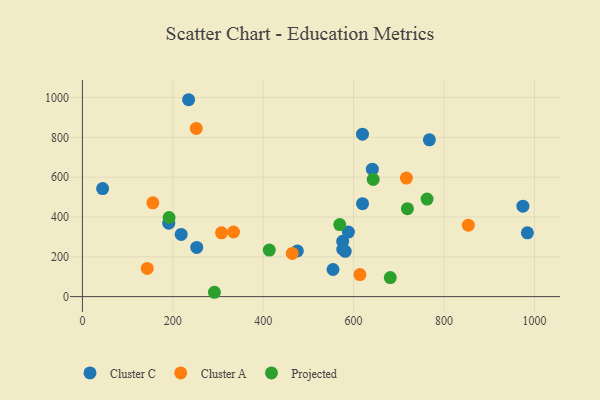
{"axis": {"x": "Price", "y": "Rating"}, "legend": ["Cluster A", "Cluster C", "Projected"], "data": [{"x": "252.9", "y": 247.2, "type": "Cluster C"}, {"x": "554.4", "y": 136.1, "type": "Cluster C"}, {"x": "581.4", "y": 227.7, "type": "Cluster C"}, {"x": "641.4", "y": 640.1, "type": "Cluster C"}, {"x": "767.6", "y": 787.4, "type": "Cluster C"}, {"x": "619.7", "y": 466.9, "type": "Cluster C"}, {"x": "234.9", "y": 989.0, "type": "Cluster C"}, {"x": "218.5", "y": 312.6, "type": "Cluster C"}, {"x": "191.0", "y": 369.1, "type": "Cluster C"}, {"x": "974.5", "y": 454.1, "type": "Cluster C"}, {"x": "619.6", "y": 816.2, "type": "Cluster C"}, {"x": "44.7", "y": 542.7, "type": "Cluster C"}, {"x": "575.8", "y": 278.0, "type": "Cluster C"}, {"x": "588.4", "y": 324.2, "type": "Cluster C"}, {"x": "475.5", "y": 229.7, "type": "Cluster C"}, {"x": "576.0", "y": 237.9, "type": "Cluster C"}, {"x": "984.4", "y": 320.3, "type": "Cluster C"}, {"x": "251.9", "y": 845.0, "type": "Cluster A"}, {"x": "143.4", "y": 141.7, "type": "Cluster A"}, {"x": "307.7", "y": 320.5, "type": "Cluster A"}, {"x": "464.2", "y": 216.8, "type": "Cluster A"}, {"x": "155.8", "y": 471.0, "type": "Cluster A"}, {"x": "716.7", "y": 595.5, "type": "Cluster A"}, {"x": "614.0", "y": 110.8, "type": "Cluster A"}, {"x": "334.3", "y": 324.5, "type": "Cluster A"}, {"x": "853.7", "y": 358.9, "type": "Cluster A"}, {"x": "292.0", "y": 21.8, "type": "Projected"}, {"x": "191.7", "y": 397.3, "type": "Projected"}, {"x": "719.0", "y": 441.6, "type": "Projected"}, {"x": "413.4", "y": 233.6, "type": "Projected"}, {"x": "681.1", "y": 95.8, "type": "Projected"}, {"x": "569.3", "y": 361.8, "type": "Projected"}, {"x": "762.5", "y": 490.2, "type": "Projected"}, {"x": "643.3", "y": 588.8, "type": "Projected"}]}